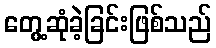
တွေ့ဆုံခဲ့ခြင်းဖြစ်သည်